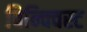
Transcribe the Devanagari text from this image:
विन्क्विस्ट